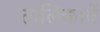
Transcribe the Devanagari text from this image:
तालिकायें